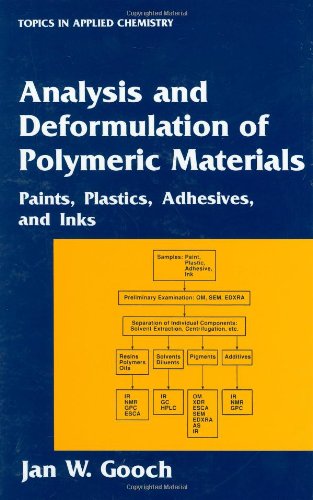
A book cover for Analysis and Deformulation of Polymeric Materials: Paints, Plastics, Adhesives, and Inks (Topics in Applied Chemistry); Jan W. Gooch; Science & Math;